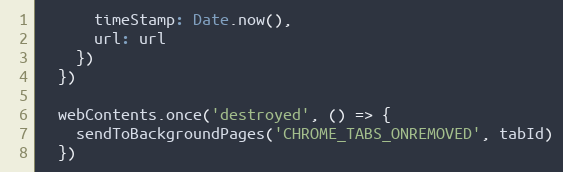
Language: JavaScript
      timeStamp: Date.now(),
      url: url
    })
  })

  webContents.once('destroyed', () => {
    sendToBackgroundPages('CHROME_TABS_ONREMOVED', tabId)
  })